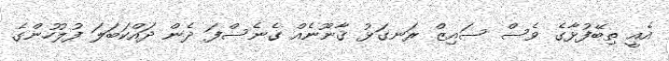
އެއީ ތިބޭފުޅާގެ ވެސް ސައިޒް ރަނގަޅު ޤާނޫނެއް ގެނެސްފަ ދެން ދައްކަބަލަ ފުލުހުންގެ